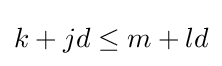
k+jd\leq m+ld